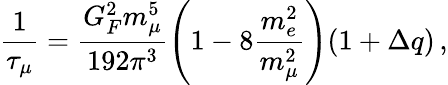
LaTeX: \frac{1}{\tau_{\mu}}=\frac{G_{F}^{2}m_{\mu}^{5}}{192\pi^{3}}\left(1-8\frac{m_{e}^{2}}{m_{\mu}^{2}}\right)(1+\Delta q)\, ,